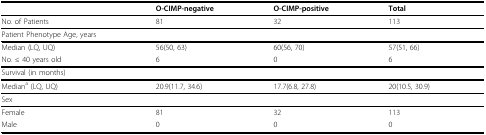
<table><thead><tr><td></td><td><b>O-CIMP-negative</b></td><td><b>O-CIMP-positive</b></td><td><b>Total</b></td></tr></thead><tbody><tr><td>No. of Patients</td><td>81</td><td>32</td><td>113</td></tr><tr><td>Patient Phenotype Age, years</td><td></td><td></td><td></td></tr><tr><td>Median (LQ, UQ)</td><td>56(50, 63)</td><td>60(56, 70)</td><td>57(51, 66)</td></tr><tr><td>No. ≤ 40 years old</td><td>6</td><td>0</td><td>6</td></tr><tr><td>Survival (in months)</td><td></td><td></td><td></td></tr><tr><td>Median<sup>a </sup>(LQ, UQ)</td><td>20.9(11.7, 34.6)</td><td>17.7(6.8, 27.8)</td><td>20(10.5, 30.9)</td></tr><tr><td>Sex</td><td></td><td></td><td></td></tr><tr><td>Female</td><td>81</td><td>32</td><td>113</td></tr><tr><td>Male</td><td>0</td><td>0</td><td>0</td></tr></tbody></table>